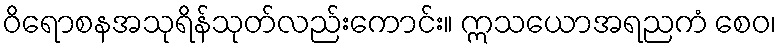
ဝိရောစနအသုရိန်သုတ်လည်းကောင်း။ ဣသယောအရညကံ စေဝ၊